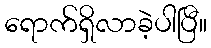
ရောက်ရှိလာခဲ့ပါပြီ။